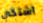
اشتكى